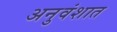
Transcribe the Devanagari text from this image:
अनुवंशात